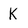
Character: k